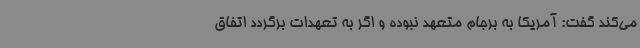
می‌کند گفت: آمریکا به برجام متعهد نبوده و اگر به تعهدات برگردد اتفاق